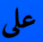
على